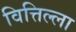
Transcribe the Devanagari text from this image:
वित्तिल्ला